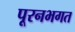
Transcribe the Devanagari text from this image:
पूरनभगत